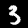
Label: 3